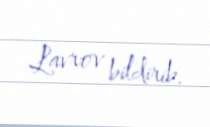
Lavrov bildirib.